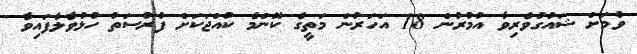
ވުމަށް ޝައުގުވެރިވާ އުމުރުން 18 އަހަރުން މަތީގެ ކޮންމެ ކުއްޖަކަށް ފުރުސަތު ހުޅުވާލާފައިވާ